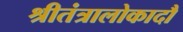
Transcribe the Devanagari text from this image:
श्रीतंत्रालोकादौ